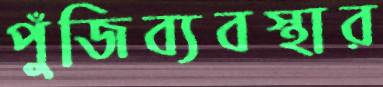
পুঁজিব্যবস্থার